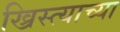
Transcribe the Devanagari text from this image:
ख्रिस्त्याच्या